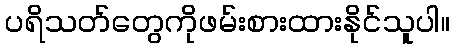
ပရိသတ်တွေကိုဖမ်းစားထားနိုင်သူပါ။